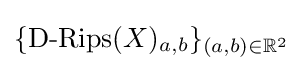
\{{\text{D-Rips}}(X)_{a,b}\}_{(a,b)\in \mathbb {R} ^{2}}